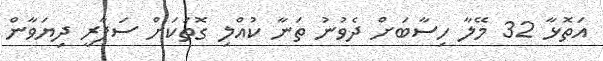
އަތޮޅާ 32 މޭލާ ހިސާބަށް ދެވުނު ތަނާ ކުއްލި ގޮތަކަށް ސަފާރީ ދިޔަވާން